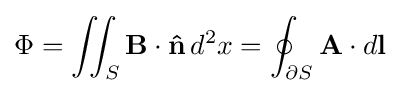
\Phi =\iint _{S}\mathbf {B} \cdot \mathbf {\hat {n}} \,d^{2}x=\oint _{\partial S}\mathbf {A} \cdot d\mathbf {l}